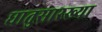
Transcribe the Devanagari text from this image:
धातुसारख्या